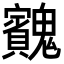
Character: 𩴱